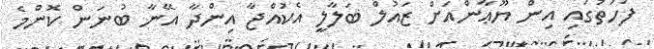
ފަހަތުގައި އިން ޔޫޢާންއަށް ޒައުލް ބަލާލީ އެކުއްޖާ އިންދާ އޭނާ ބުނަން ކޮންމެ